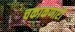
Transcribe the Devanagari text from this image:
चकाकणारी